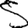
Digit: 5